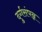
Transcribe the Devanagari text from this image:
दुर्गसंपन्न